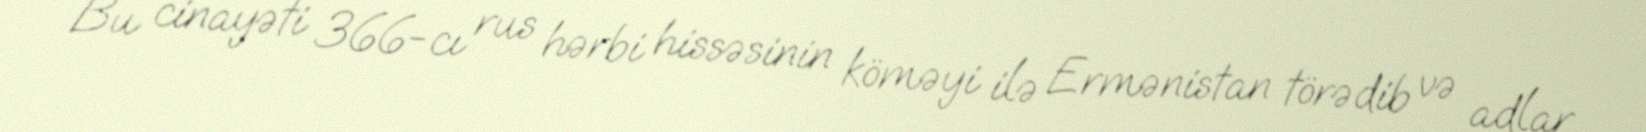
Bu cinayəti 366-cı rus hərbi hissəsinin köməyi ilə Ermənistan törədib və adlar